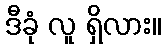
ဒီခုံ လူ ရှိလား။